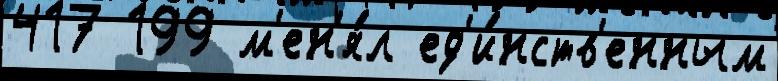
417 199 м'ен'я́л ед'и́нств'енным